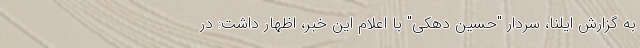
به گزارش ایلنا، سردار "حسین دهکی" با اعلام این خبر، اظهار داشت: در